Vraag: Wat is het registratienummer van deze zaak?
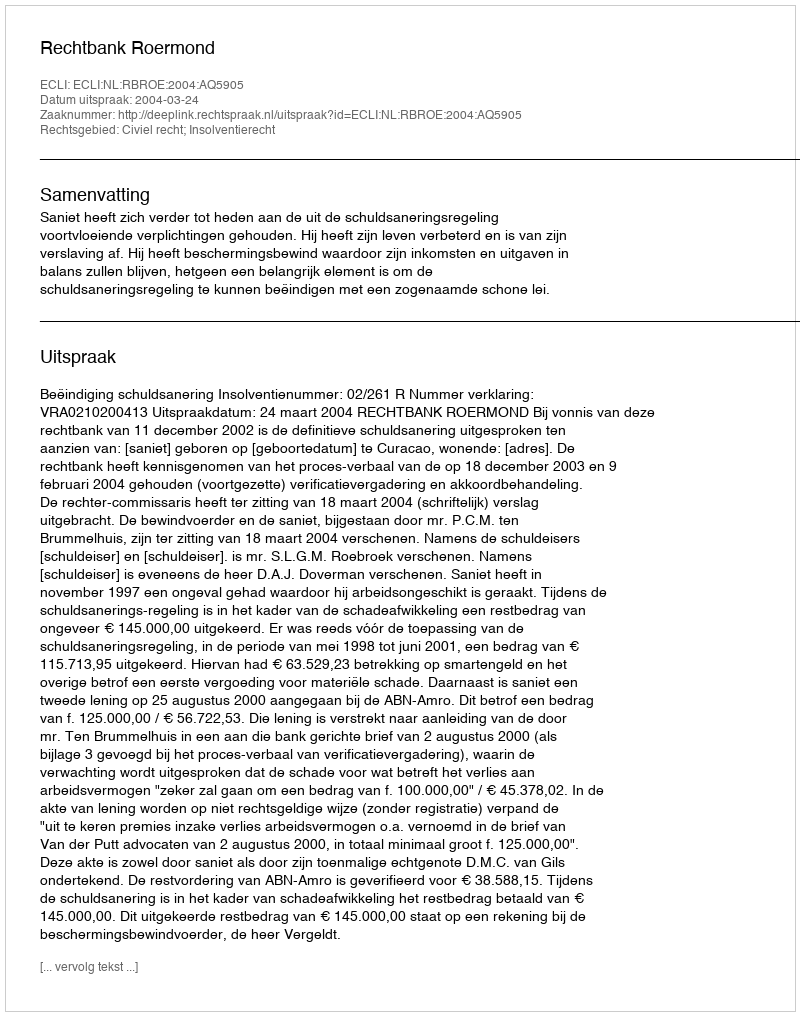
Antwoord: http://deeplink.rechtspraak.nl/uitspraak?id=ECLI:NL:RBROE:2004:AQ5905